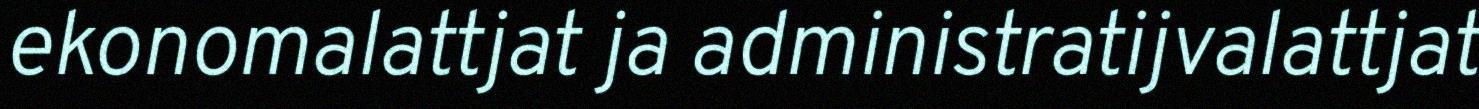
ekonomalattjat ja administratijvalattjat